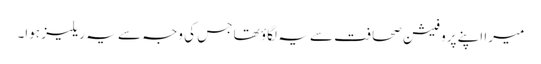
میرا اپنے پروفیشن صحافت سے یہ لگاؤ تھا جس کی وجہ سے یہ ریلیز ہوا۔